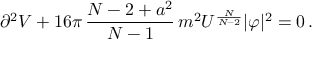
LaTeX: \partial ^ { 2 } V + 1 6 \pi \, \frac { N - 2 + a ^ { 2 } } { N - 1 } \, m ^ { 2 } U ^ { \frac { N } { N - 2 } } | \varphi | ^ { 2 } = 0 \, .